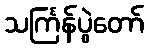
သင်္ကြန်ပွဲတော်